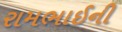
રામભાઈની